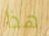
هذا